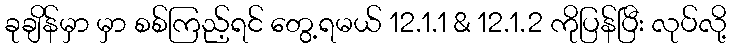
ခုချိန်မှာ မှာ စစ်ကြည့်ရင် တွေ့ရမယ် 12.1.1 & 12.1.2 ကိုပြန်ပြီး လုပ်လို့